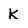
Character: K